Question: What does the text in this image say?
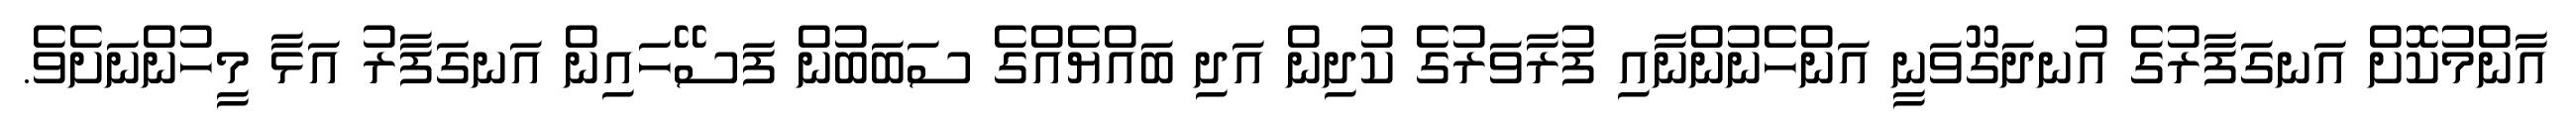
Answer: އާންމުކޮށް އަނގަފާރުގެ އުނދަގޫވަނީ އަންހެނުންނާއި ފުރާވަރުގެ ކުދިން އަދި ބައްޔެއްގެ ސަބަބުން ފަސޭހައިން އަނގަފާރު އަޅާ މީހުންނަށެވެ.